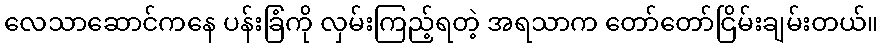
လေသာဆောင်ကနေ ပန်းခြံကို လှမ်းကြည့်ရတဲ့ အရသာက တော်တော်ငြိမ်းချမ်းတယ်။